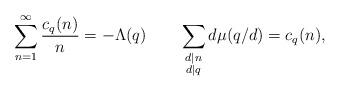
LaTeX: \begin{align*} \sum\limits_{n = 1}^\infty {\frac{{{c_q}(n)}}{n}}=-\Lambda (q)\quad\quad\sum_{\substack{d\mid n \\ d\mid q}}d\mu(q/d)=c_q(n),\end{align*}